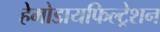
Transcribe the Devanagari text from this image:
हेमोडायफिल्ट्रेशन